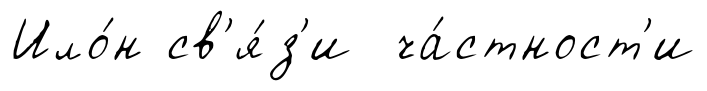
Ило́н св'я́з'и ча́стност'и